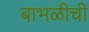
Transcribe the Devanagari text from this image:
बाभळीची